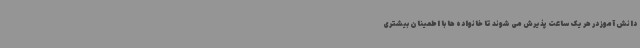
دانش آموز در هر یک ساعت پذیرش می شوند تا خانواده ها با اطمینان بیشتری